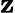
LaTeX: \mathbf{z}